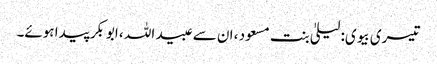
تیسری بیوی: لیلیٰ بنت مسعود ، ان سے عبید اللہ ، ابوبکر پیدا ہوئے۔